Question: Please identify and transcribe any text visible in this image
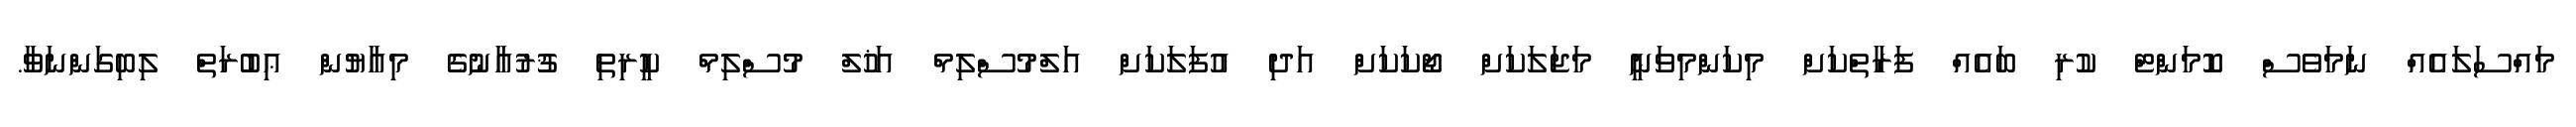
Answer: މައްސަލައެއް ނަމަވެސް ކޮމަންޓް ކުރި ބައެއް ފަރާތްކަށް މިކަންމިވަނީ މަޖަލަކަށް ޖޯކަކަށް އަދި އުފަލަކަށް އަލްމުސްލިމް އަޚުލް މުސްލިމް ކީރިތި ޤުރުއާނުގެ މިއާޔުން ޢިބުރަތް ލިބިގަންނަވާ.